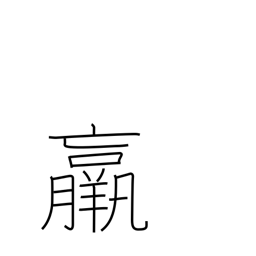
Meaning: thin